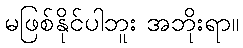
မဖြစ်နိုင်ပါဘူး အဘိုးရာ။